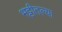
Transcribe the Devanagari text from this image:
भट्टीतल्या